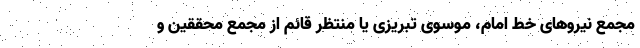
مجمع نیروهای خط امام، موسوی تبریزی یا منتظر قائم از مجمع محققین و